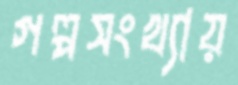
গল্পসংখ্যায়